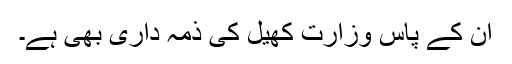
ان کے پاس وزارت کھیل کی ذمہ داری بھی ہے۔